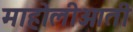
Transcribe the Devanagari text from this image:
माहोलीआती